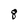
Character: 8